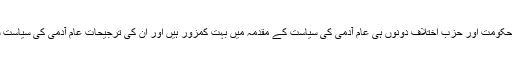
لیکن مسئلہ یہ ہے کہ حکومت اور حزب اختلاف دونوں ہی عام آدمی کی سیاست کے مقدمہ میں بہت کمزور ہیں اور ان کی ترجیحات عام آدمی کی سیاست سے بالکل مختلف ہے۔